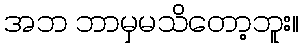
အဘ ဘာမှမသိတော့ဘူး။